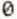
0